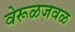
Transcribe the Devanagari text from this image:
वेरूळजवळ